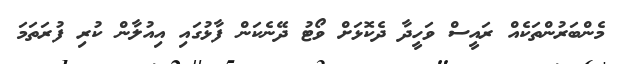
މެންބަރުންތަކެއް ރައީސް ވަހީދާ ދެކޮޅަށް ވޯޓު ދޭނެކަން ފާޅުގައި އިއުލާން ކުރި ފުރަތަމަ